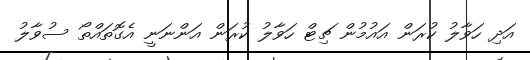
އަދި ހަވާލު ކުރަން އައުމުން ޗިޓް ހަވާލު ކުރަން އަންނަނީ އެގޮތައްތޯ ސުވާލު